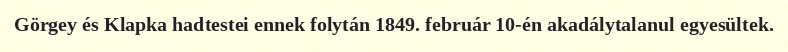
Görgey és Klapka hadtestei ennek folytán 1849. február 10-én akadálytalanul egyesültek.